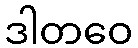
ဒါတဝေ